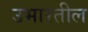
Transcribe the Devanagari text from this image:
उभारतील